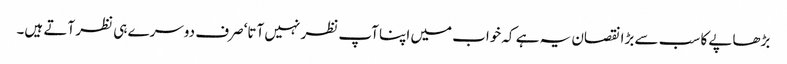
بڑھاپے کا سب سے بڑا نقصان یہ ہے کہ خواب میں اپنا آپ نظر نہیں آتا‘ صرف دوسرے ہی نظر آتے ہیں۔